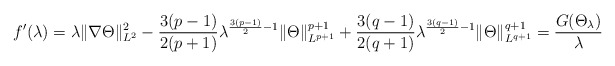
\begin{align*}f'(\lambda) = \lambda \|\nabla \Theta\|^2_{L^2} -\frac{3(p-1)}{2(p+1)} \lambda^{\frac{3(p-1)}{2}-1} \|\Theta\|^{p+1}_{L^{p+1}} + \frac{3(q-1)}{2(q+1)} \lambda^{\frac{3(q-1)}{2}-1} \|\Theta\|^{q+1}_{L^{q+1}} = \frac{G(\Theta_\lambda)}{\lambda}\end{align*}